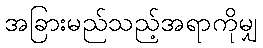
အခြားမည်သည့်အရာကိုမျှ